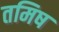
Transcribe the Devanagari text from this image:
तमिष